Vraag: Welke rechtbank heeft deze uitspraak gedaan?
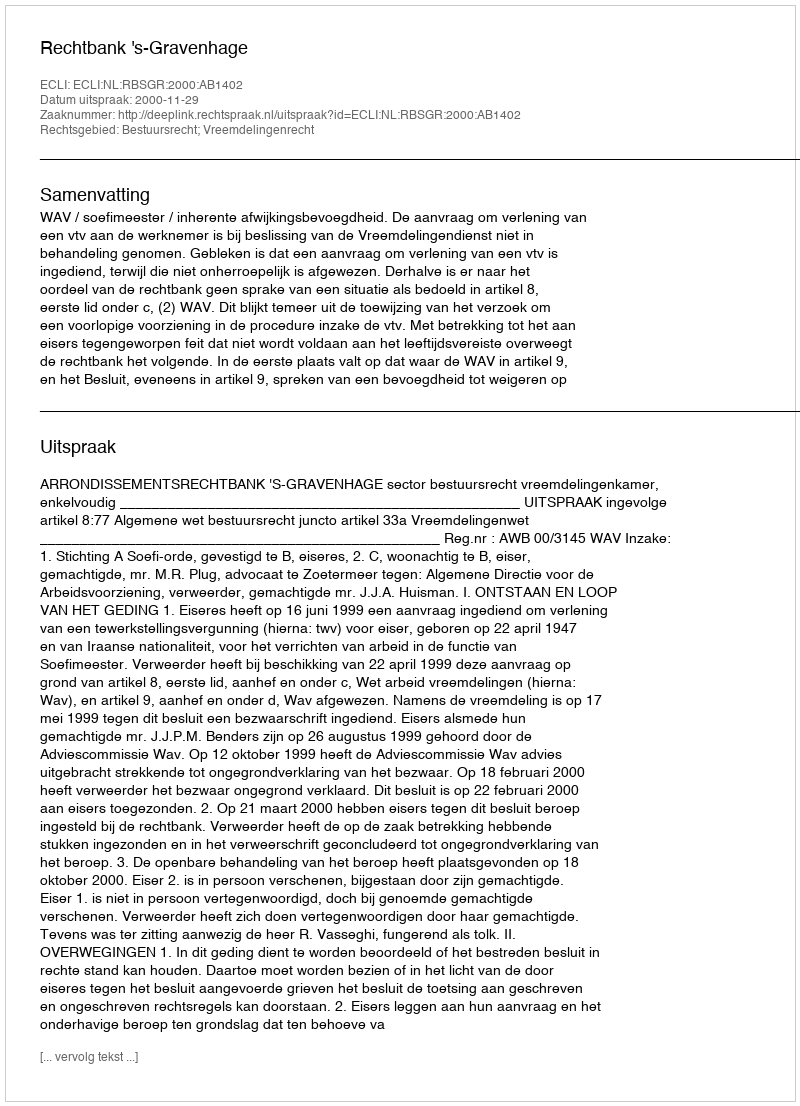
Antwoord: Rechtbank 's-Gravenhage